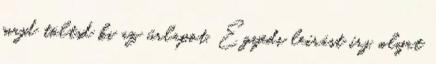
majd töltsd ki az űrlapot. Egyedi leírást írj, olyat